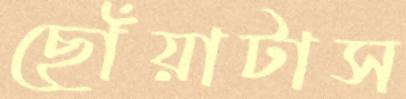
ছোঁয়াটাস